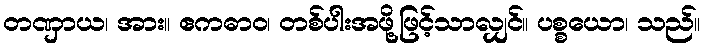
တဏှာယ၊ အား။ ဧကဓာဝ၊ တစ်ပါးအဖို့ဖြင့်သာလျှင်။ ပစ္စယော၊ သည်။